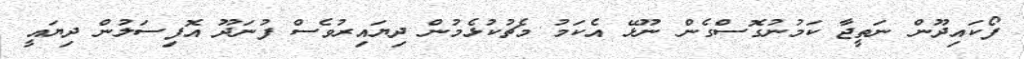
ފޯކައިދޫން ނަތީޖާ ކަމުނުގޮސްގެން ނޫޅޭ އެކަމު މެޗުކުޅެމުން ދިޔައިރުވެސް ފުނަދޫ އޮފިސަލުން ދިޔައީ